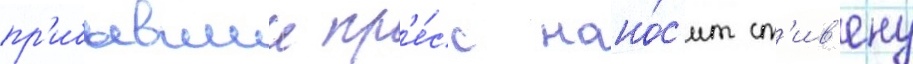
пр'ибывшии пр'е́сс нано́с'ит ст'ив'ену